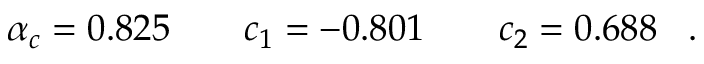
\alpha _ { c } = 0 . 8 2 5 \quad \quad c _ { 1 } = - 0 . 8 0 1 \quad \quad c _ { 2 } = 0 . 6 8 8 \; \; \; .